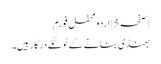
| صفحہ 5 | اردو محفل فورم
بھنڈی بنانے کے ٹوٹکے درکار ہیں۔